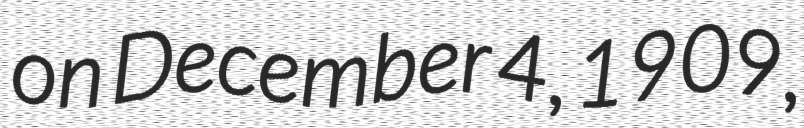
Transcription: on December 4, 1909,